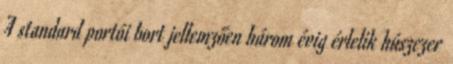
A standard portói bort jellemzően három évig érlelik húszezer